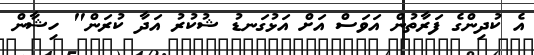
އެ ކުދިންގެ ފަރާތުން އަވަސް އަށް އަޅުގަނޑު ޝުކުރު އަދާ ކުރަން" ހިޝާން